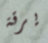
يرقة